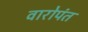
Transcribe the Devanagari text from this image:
वारोपंत